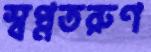
স্বপ্নতরুণ